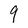
Character: q